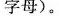
字母)。